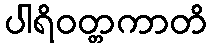
ပါရိဝတ္တကာတိ